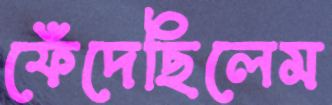
ফেঁদেছিলেম